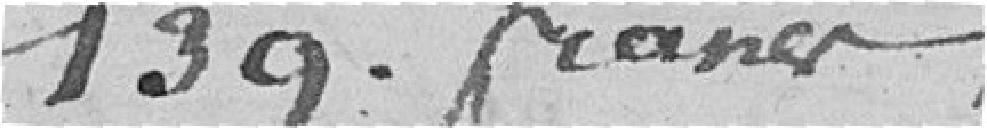
139 francs.